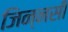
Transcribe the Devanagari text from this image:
जिन्नसी